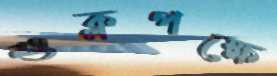
শুক্লপক্ষে